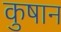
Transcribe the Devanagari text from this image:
कुषान